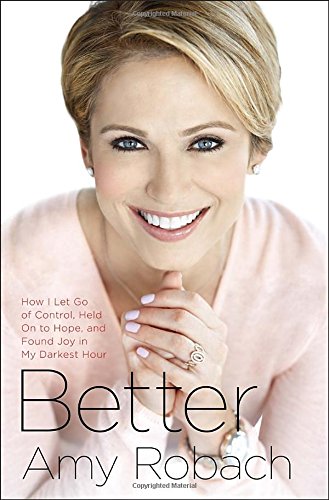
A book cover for Better: How I Let Go of Control, Held On to Hope, and Found Joy in My Darkest Hour; Amy Robach; Parenting & Relationships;